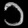
Digit: ၁